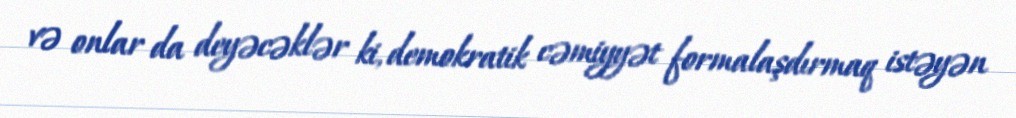
və onlar da deyəcəklər ki, demokratik cəmiyyət formalaşdırmaq istəyən